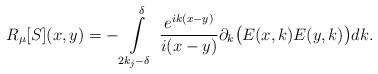
LaTeX: \begin{align*}R_\mu[S](x,y) = -\int\limits_{2k_j-\delta}^\delta \, \frac{e^{ik(x-y)}}{i(x-y)}\partial_k\big( E(x, k) E(y, k) \big)dk.\end{align*}